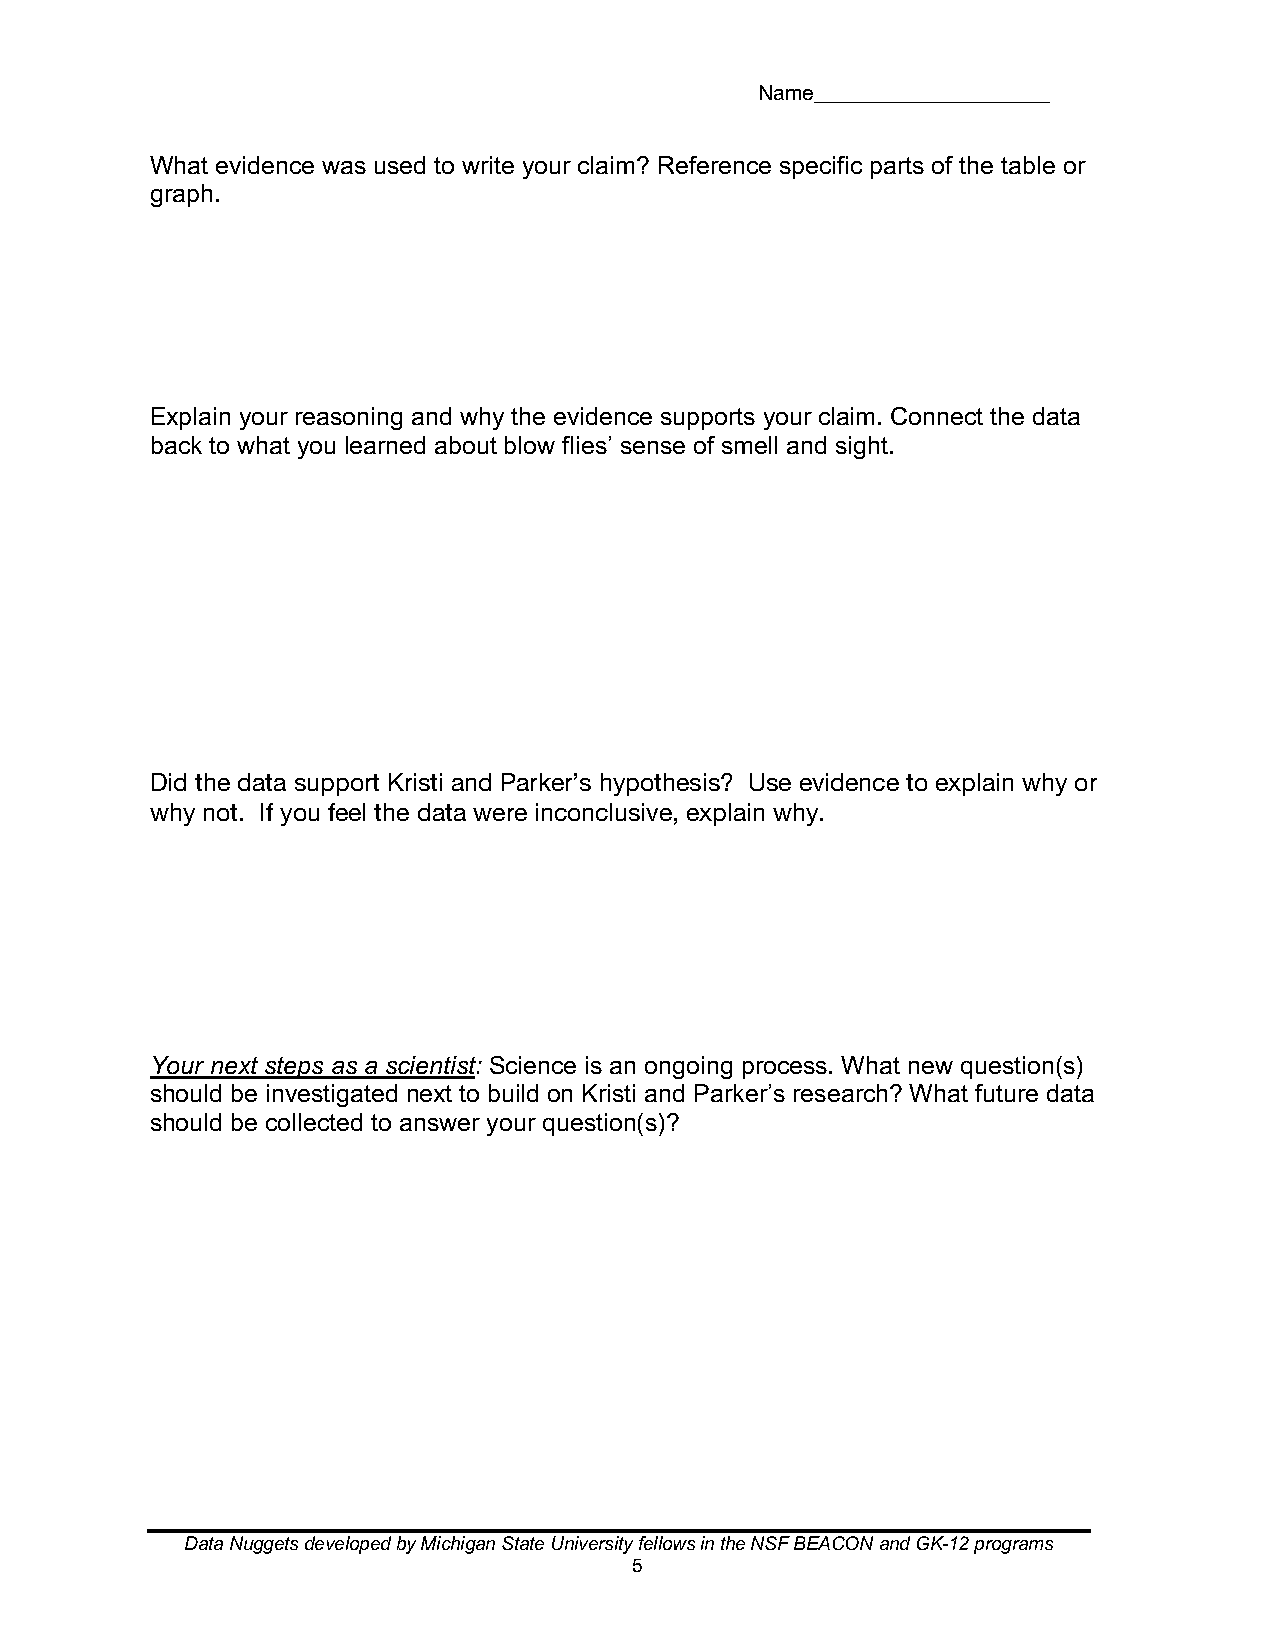
Name_________________
 What evidence was used to write your claim? Reference specific parts of the table or
 graph.
 Explain your reasoning and why the evidence supports your claim. Connect the data
 back to what you learned about blow flies’ sense of smell and sight.
 Did the data support Kristi and Parker’s hypothesis? Use evidence to explain why or
 why not. If you feel the data were inconclusive, explain why.
 Your next steps as a scientist: Science is an ongoing process. What new question(s)
 should be investigated next to build on Kristi and Parker’s research? What future data
 should be collected to answer your question(s)?
 Data Nuggets developed by Michigan State University fellows in the NSF BEACON and GK-12 programs
 5